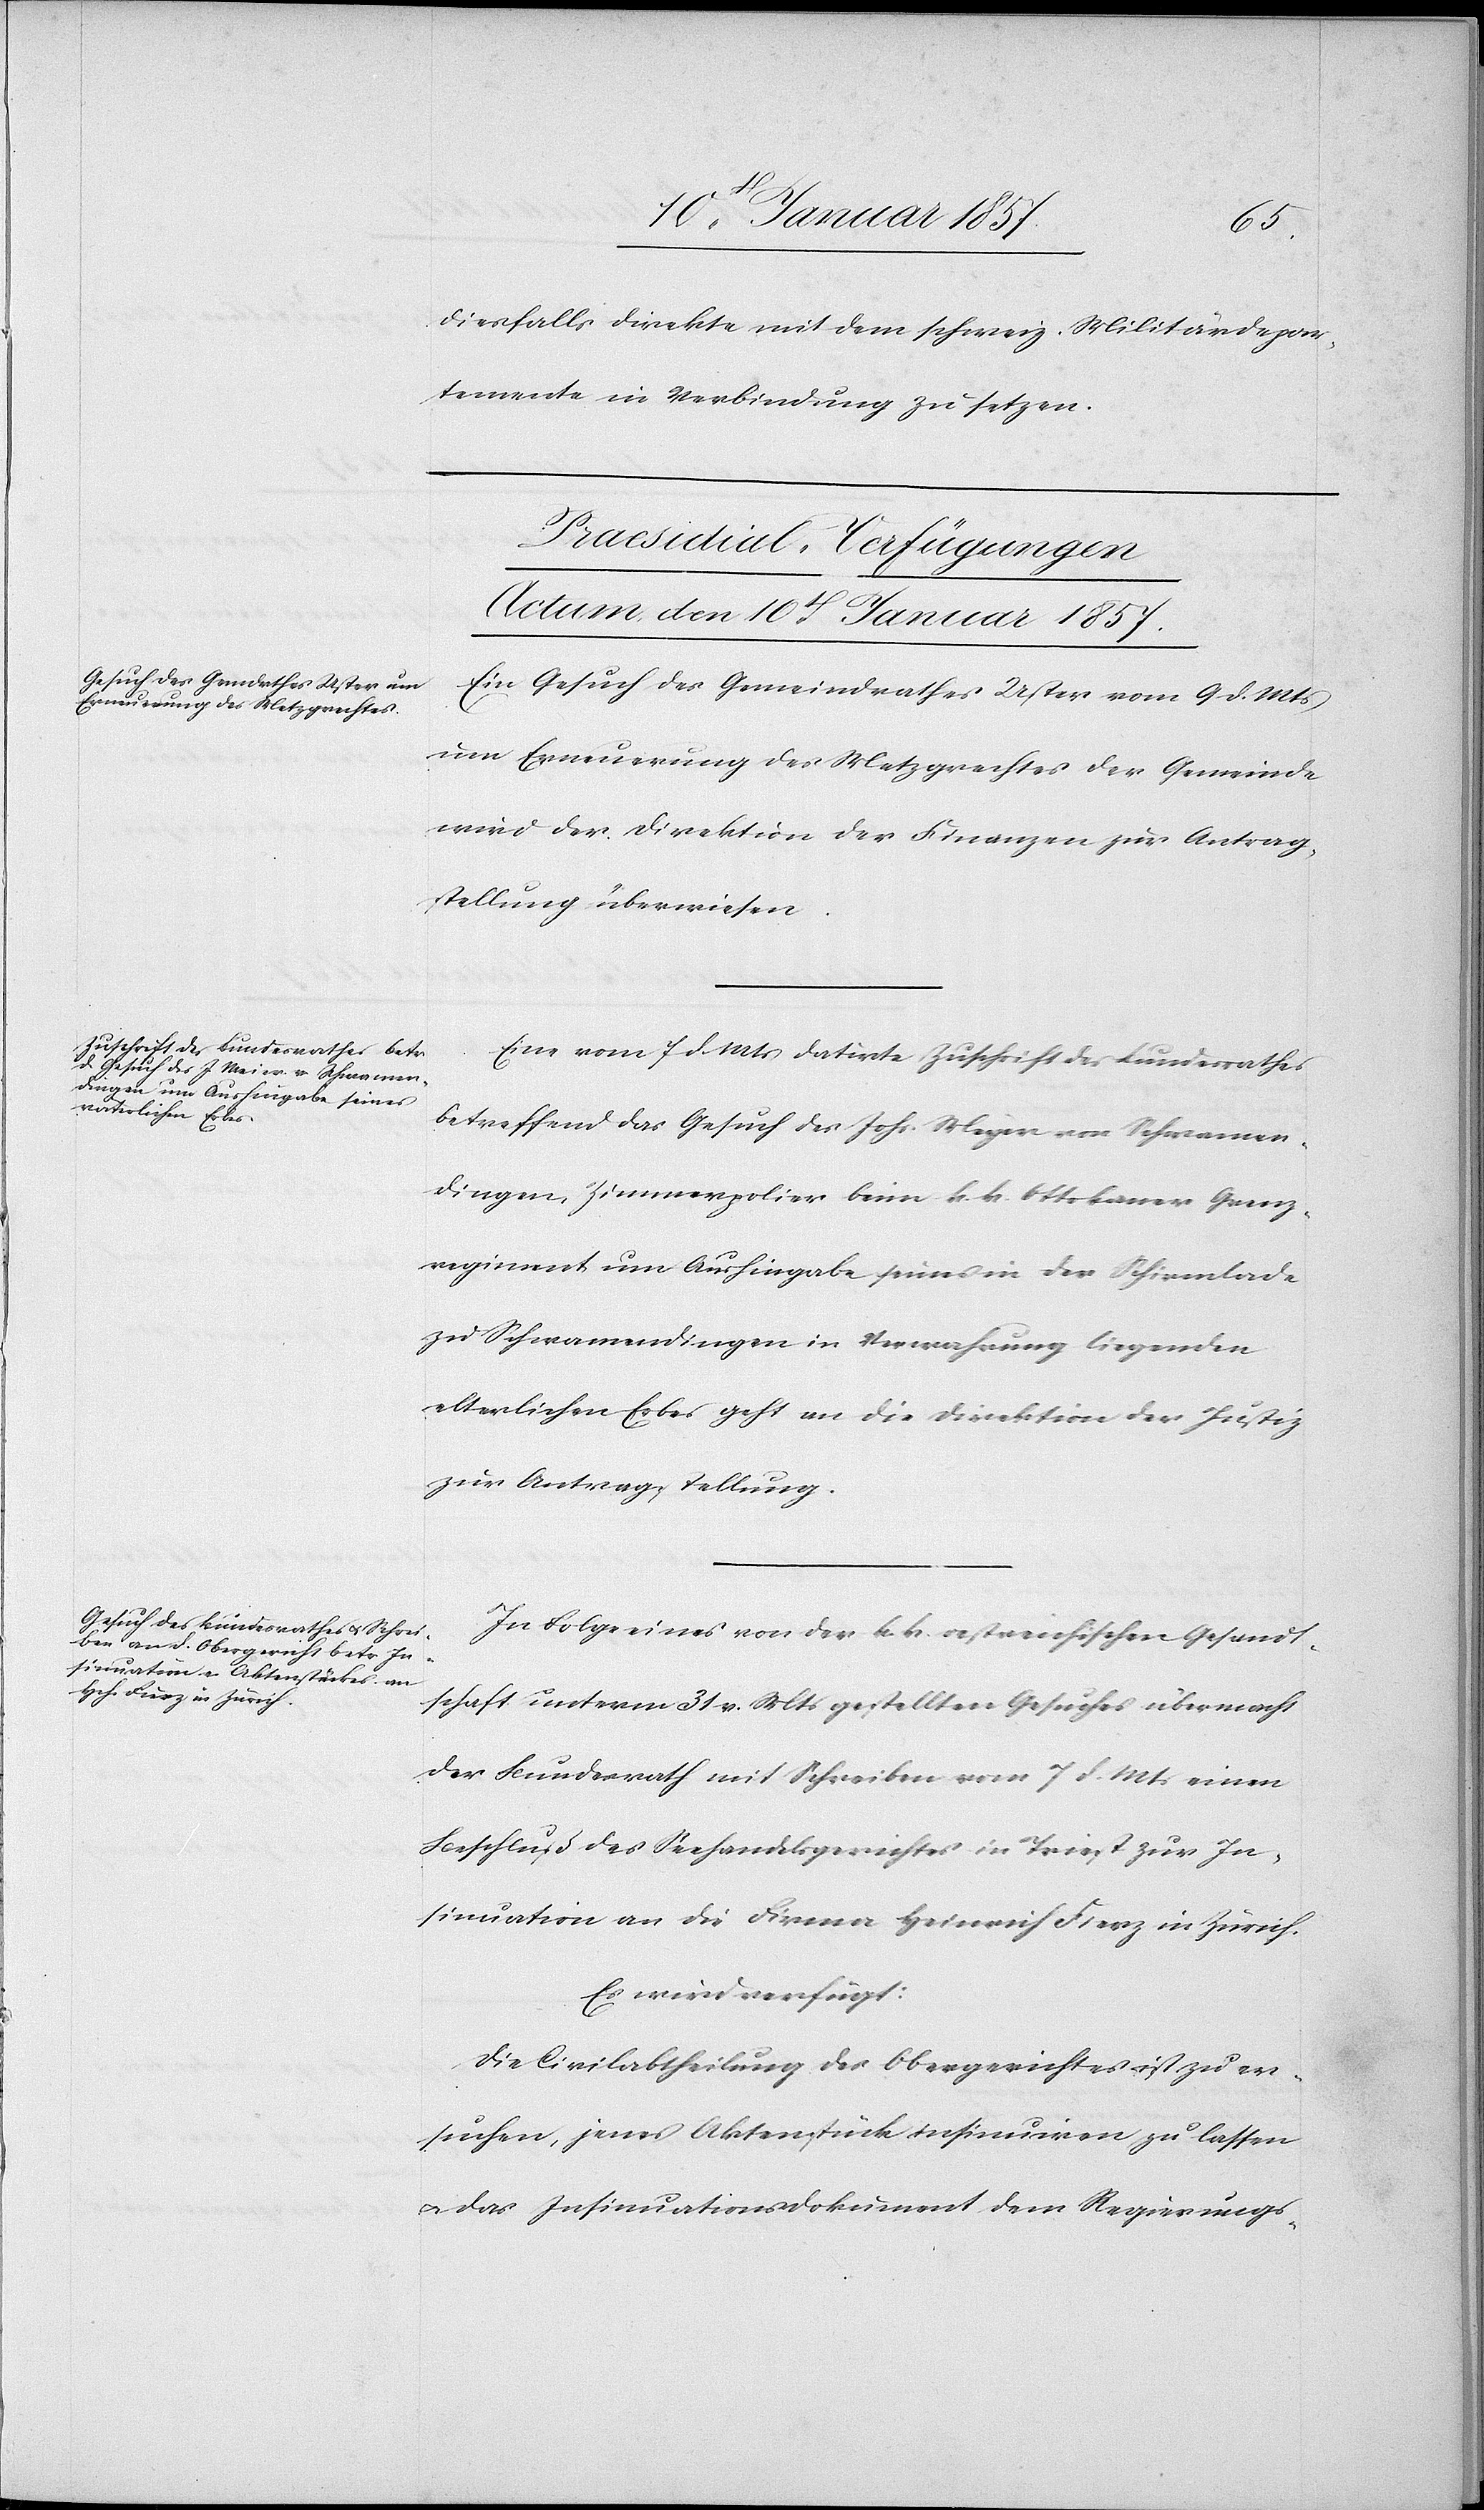
diesfalls direkte mit dem schweiz. Militärdepar¬
tement in Verbindung zu setzen.
[Praesidial-Verfügungen
Actum den 10t[en] Januar 1857.]
Ein Gesuch des Gemeindrathes Uster vom 9 d. Mts
um Erneuerung des Metzgerechtes der Gemeinde
wird der Direktion der Finanzen zur Antrag¬
stellung überwiesen.
Eine vom 7 d. Mts datirte Zuschrift des Bundesrathes
betreffend das Gesuch des Joh. Meyer von Schwamen¬
dingen, Zimmerpolier beim k. k. Ottokaner Grenz¬
regiment um Aushingabe seines in der Schirmlade
zu Schwamendingen in Verwahrung liegenden
elterlichen Erbes geht an die Direktion der Justiz
zur Antragstellung.
In Folge eines von der k. k. oestreichischen Gesandt¬
schaft unterm 31 v. Mts gestellten Gesuches übermacht
der Bundesrath mit Schreiben vom 7 d. Mts einen
Beschluß des Seehandelsgerichtes in Triest zur In¬
sinuation an die Firma Heinrich Fierz in Zürich.
Es wird verfügt:
Die Civilabtheilung des Obergerichtes ist zu er¬
suchen, jenes Aktenstück insinuiren zu lassen
u. das Insinuationsdokument dem Regierungs-